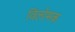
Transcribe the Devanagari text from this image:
विलोमक